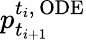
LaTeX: p_{t_{i+1}}^{t_{i},\, \mathrm{ODE}}